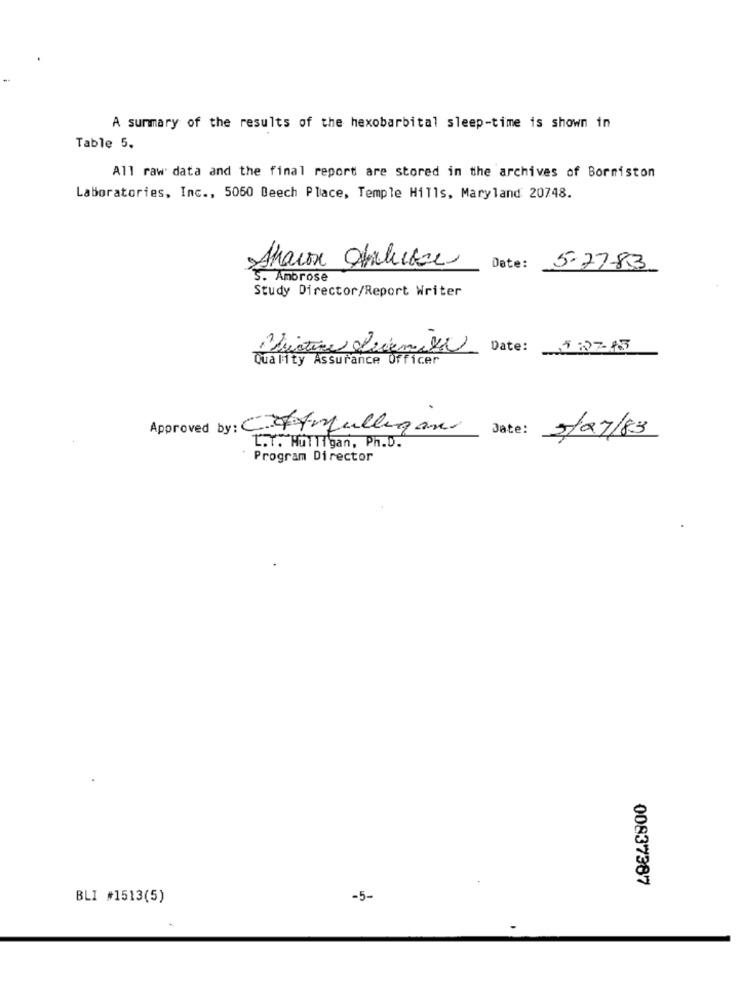
A summary of the results of the hexobarbital sleep-time is shown in
Table 5.
All raw data and the final report are stored in the archives of Bormiston
Laboratories, Inc ., 5060 Beech Place, Temple Hills, Maryland 20748.
Sharon Oblicze
Date:
5.77-83
3. Ambrose
Study Director/Report Writer
Date: 5:37-15
Quality Assurance Officer
Approved by: CZYmulligan
Date:
5/07/83
L.Y. HUTligan, Ph.D.
Program Director
00837387
BLI #1513(5)
-5-